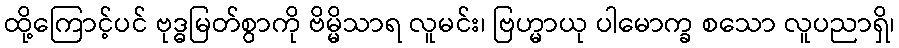
ထို့ကြောင့်ပင် ဗုဒ္ဓမြတ်စွာကို ဗိမ္မိသာရ လူမင်း၊ ဗြဟ္မာယု ပါမောက္ခ စသော လူပညာရှိ၊